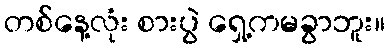
တစ်နေ့လုံး စားပွဲ ရှေ့ကမခွာဘူး။